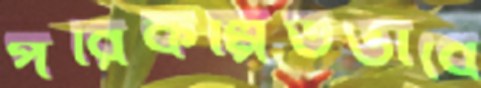
পরিকল্পিতভাবে